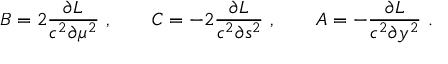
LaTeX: B = 2 { \frac { \partial { \cal L } } { c ^ { 2 } \partial \mu ^ { 2 } } } \ , \qquad C = - 2 { \frac { \partial { \cal L } } { c ^ { 2 } \partial s ^ { 2 } } } \ , \qquad A = - { \frac { \partial { \cal L } } { c ^ { 2 } \partial y ^ { 2 } } } \ .